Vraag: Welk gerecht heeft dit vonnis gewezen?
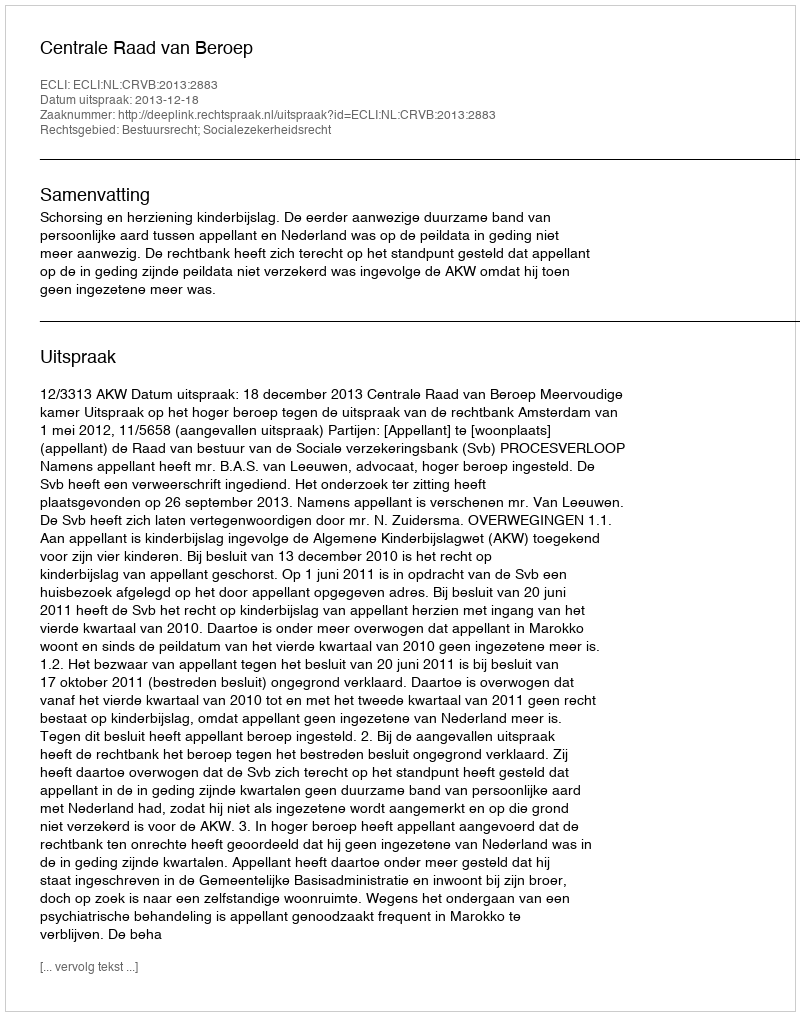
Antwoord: Centrale Raad van Beroep